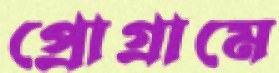
প্রোগ্রামে